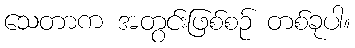
သေတာက အတွင်းဖြစ်စဉ် တစ်ခုပါ။